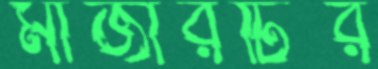
মাজারটির